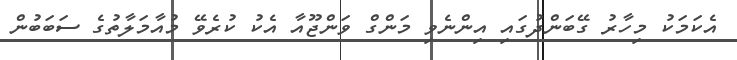
އެކަމަކު މިހާރު ގޭބަންދުގައި އިންނެވި މަންގް ވަންޖޫއާ އެކު ކުރެވޭ މުއާމަލާތުގެ ސަބަބުން